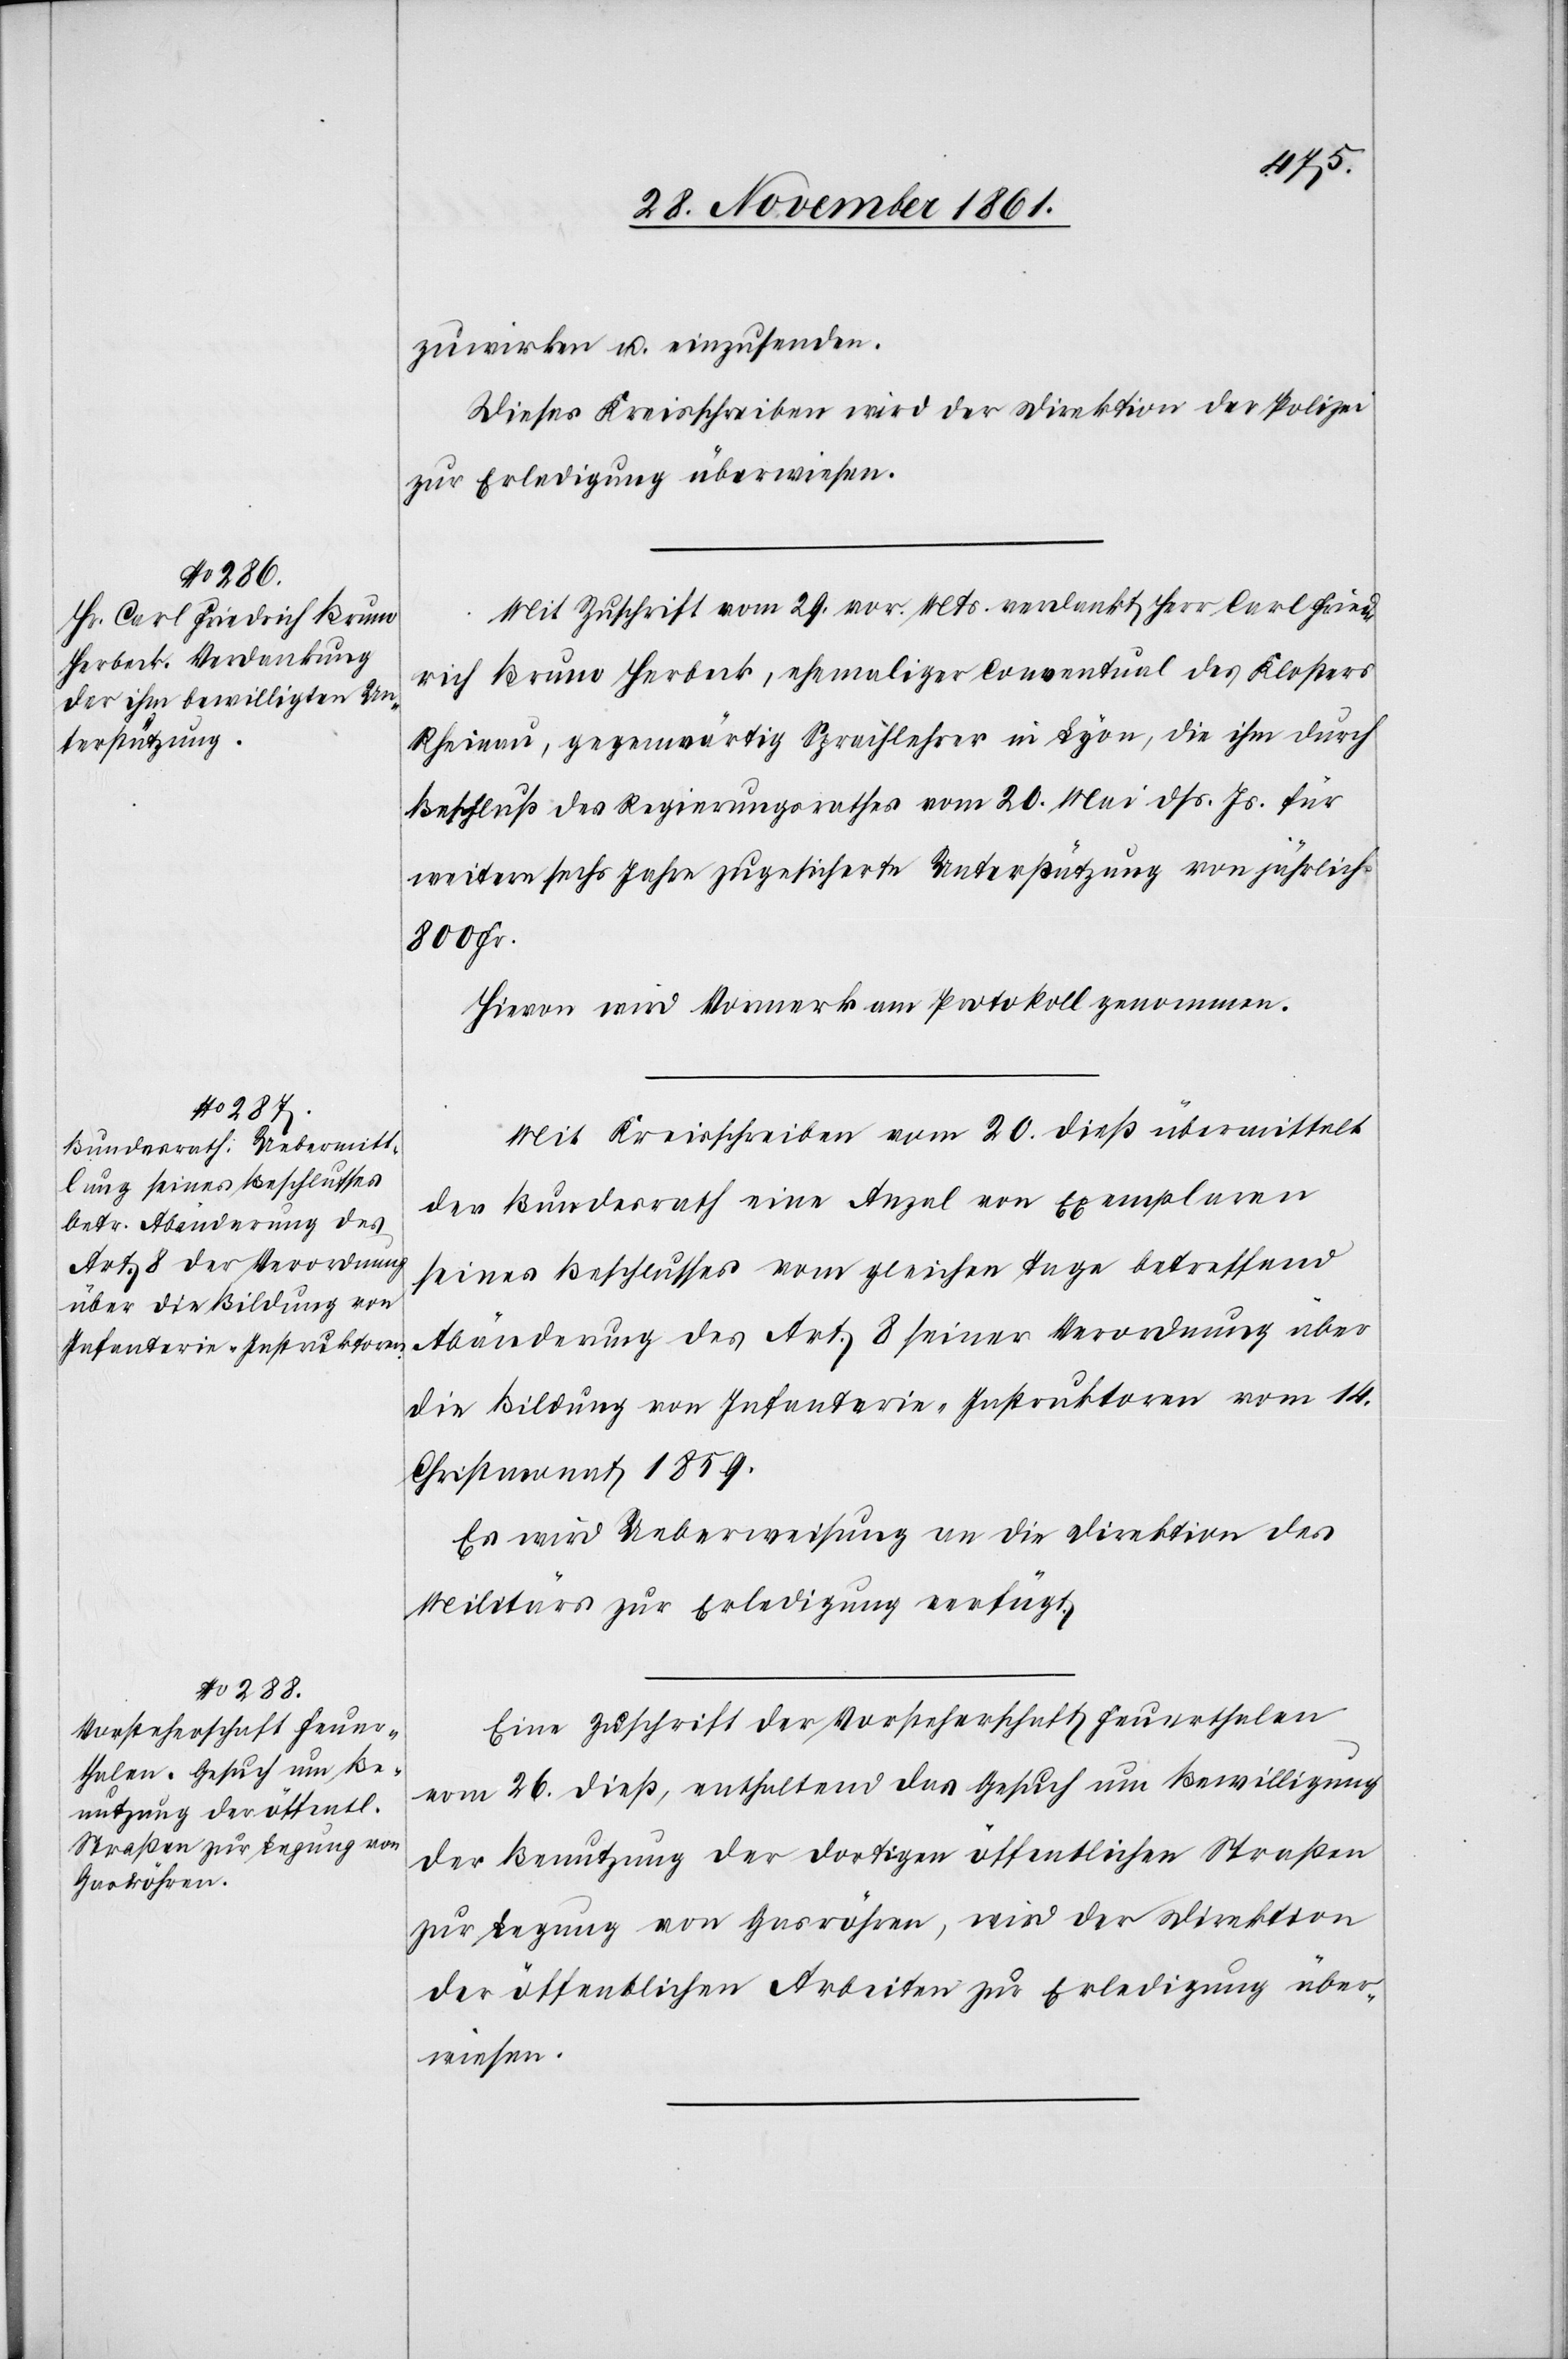
zuwirken u. einzusenden.
Dieses Kreisschreiben wird der Direktion der Polizei
zur Erledigung überwiesen.
Mit Zuschrift vom 29 vor. Mts. verdankt Herr Carl Fried¬
rich Bruno Herbeck, ehemaliger Conventual des Klosters
Rheinau, gegenwärtig Sprachlehrer in Lyon, die ihm durch
Beschluß des Regierungsrathes vom 20 Mai dß. Js. für
weitere sechs Jahre zugesicherte Unterstützung von jährlich
800 Fr.
Hievon wird Vormerk am Protokoll genommen.
Mit Kreisschreiben vom 20 dieß übermittelt
der Bundesrath eine Anzal von Exemplaren
seines Beschlusses vom gleichen Tage betreffend
Abänderung des Art. 8 seiner Verordnung über
die Bildung von Infanterie-Instruktoren vom 14
Christmonat 1859.
Es wird Ueberweisung an die Direktion des
Militärs zur Erledigung verfügt.
Eine Zuschrift der Vorsteherschaft Feuerthalen
vom 26 dieß, enthaltend das Gesuch um Bewilligung
der Benutzung der dortigen öffentlichen Straßen
zur Legung von Gasröhren, wird der Direktion
der öffentlichen Arbeiten zur Erledigung über¬
wiesen.